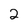
Character: 2